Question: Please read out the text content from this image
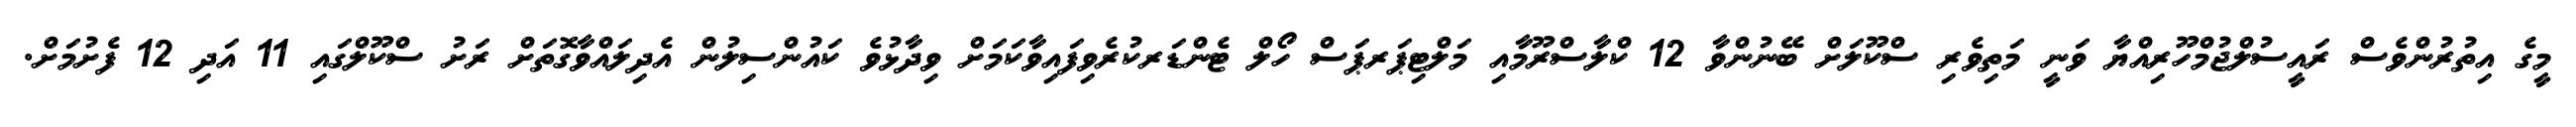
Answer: މީގެ އިތުރުންވެސް ރައީސުލްޖުމްހޫރިއްޔާ ވަނީ މަތިވެރި ސްކޫލަށް ބޭނުންވާ 12 ކްލާސްރޫމާއި މަލްޓިޕަރޕަސް ހޯލް ޓެންޑަރކުރެވިފައިވާކަމަށް ވިދާޅުވެ ކައުންސިލުން އެދިލައްވާގޮތަށް ރަށު ސްކޫލްގައި 11 އަދި 12 ފެށުމަށް.